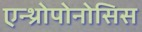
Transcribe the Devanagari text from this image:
एन्थ्रोपोनोसिस